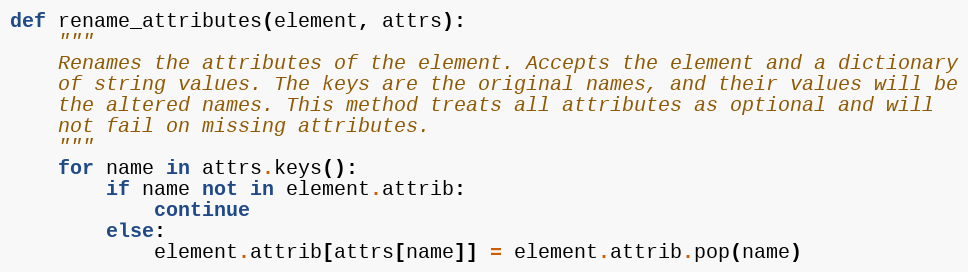
Language: Python
def rename_attributes(element, attrs):
    """
    Renames the attributes of the element. Accepts the element and a dictionary
    of string values. The keys are the original names, and their values will be
    the altered names. This method treats all attributes as optional and will
    not fail on missing attributes.
    """
    for name in attrs.keys():
        if name not in element.attrib:
            continue
        else:
            element.attrib[attrs[name]] = element.attrib.pop(name)